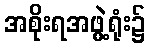
အစိုးရအဖွဲ့ရုံး၌